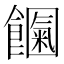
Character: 𩟍